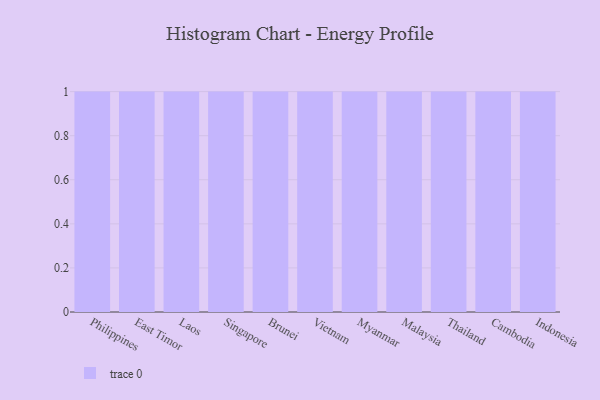
{"axis": {"x": "Country", "y": "Headcount"}, "legend": [""], "data": [{"x": "Philippines", "y": 20, "type": ""}, {"x": "East Timor", "y": 57, "type": ""}, {"x": "Laos", "y": 57, "type": ""}, {"x": "Singapore", "y": 69, "type": ""}, {"x": "Brunei", "y": 25, "type": ""}, {"x": "Vietnam", "y": 16, "type": ""}, {"x": "Myanmar", "y": 68, "type": ""}, {"x": "Malaysia", "y": 53, "type": ""}, {"x": "Thailand", "y": 72, "type": ""}, {"x": "Cambodia", "y": 46, "type": ""}, {"x": "Indonesia", "y": 8, "type": ""}]}